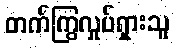
တက်ကြွလှုပ်ရှားသူ